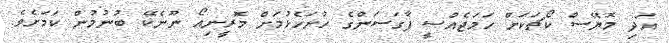
އަދި މޮޔޭސް ކޯޗަކަށް ހަމަޖެއްސީ ފާގަސަންގެ ހުށަހެޅުމަށް މޮރީނިއޯ ނޫނެކޭ ބުނުމުން ކަމަށެވެ.